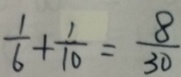
\frac { 1 } { 6 } + \frac { 1 } { 1 0 } = \frac { 8 } { 3 0 }